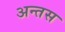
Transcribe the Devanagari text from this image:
अन्तस